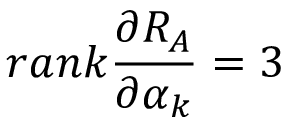
r a n k \frac { \partial R _ { A } } { \partial \alpha _ { k } } = 3